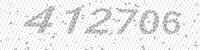
Solution: 412706